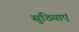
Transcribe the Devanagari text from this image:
सुठियाएं